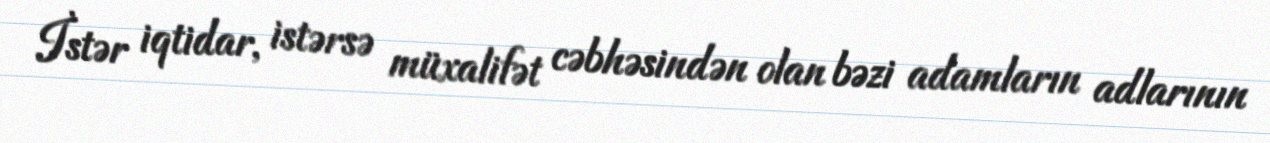
İstər iqtidar, istərsə müxalifət cəbhəsindən olan bəzi adamların adlarının